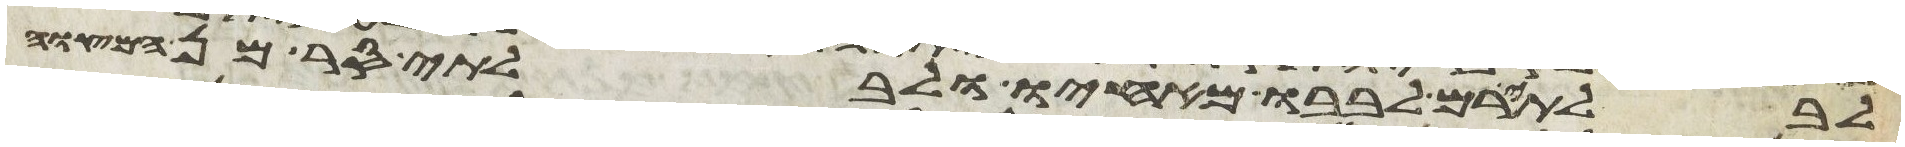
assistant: לבלתי רם לבבו מאחיו ולבלתי סר מן המצוה